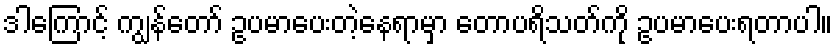
ဒါကြောင့် ကျွန်တော် ဥပမာပေးတဲ့နေရာမှာ တောပရိသတ်ကို ဥပမာပေးရတာပါ။